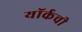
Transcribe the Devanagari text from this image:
यॉर्कची